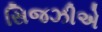
સિજઝીએ